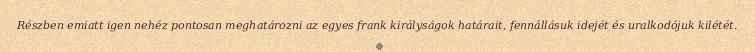
Részben emiatt igen nehéz pontosan meghatározni az egyes frank királyságok határait, fennállásuk idejét és uralkodójuk kilétét.